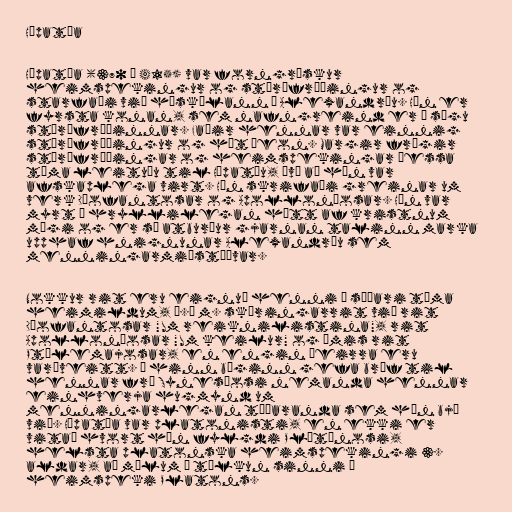
Hýpatía

Hýpatía (370 – 415) var forngrískur
heimspekingur og stærðfræðingur og
starfaði við háskólann í Alexandríu. Hún er
fyrsta konan, sem nafngreind er í sögu
stærðfræðinnar. Faðir hennar var einnig
stærðfræðingur og hét Þeon. Margir frægir
stærðfræðingar og heimspekingar þessa
tíma leituðu til Hýpatíu, því að hún var
afskaplega virt. Hún skrifaði greinar um
verk Díofantosar og Apolloníosar. Hún var
myrt á hryllilegan hátt af kristnum
múgi og er sá atburður gjarnan talinn marka
upphaf hnignunar Alexandríu sem
menningarmiðstöðvar.

Nokkur rit eru eignuð henni í síðari tíma
heimildum, þ.á m. skýringarrit við rit
Díofantosar "Um reiknilistina", rit
Apolloníosar "Um keilur" og ýmis rit
Ptólemajosar, en engin þeirra eru
varðveitt. Á hinn bóginn gefa bréf til
hennar frá Synesíosi nemanda hennar
einhverja hugmynd um
menningarlegan tíðaranda sem hún bjó
við. Hýpatía var platonisti, en ekki er
vitað hvort hún fylgdi Plótínosi,
helsta platonska heimspekingi 3.
aldar, að málum í túlkun sinni á
heimspeki Platons.